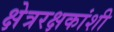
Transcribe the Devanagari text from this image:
क्षेत्ररक्षकांशी